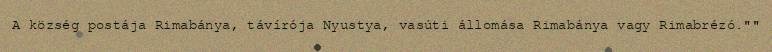
A község postája Rimabánya, távírója Nyustya, vasúti állomása Rimabánya vagy Rimabrézó.""